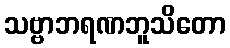
သဗ္ဗာဘရဏဘူသိတော